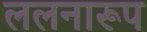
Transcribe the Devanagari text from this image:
ललनारूप